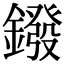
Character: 鏺